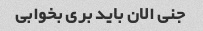
جنی الان باید بری بخوابی